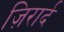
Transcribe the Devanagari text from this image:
ज़िरार्द